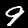
Digit: 9